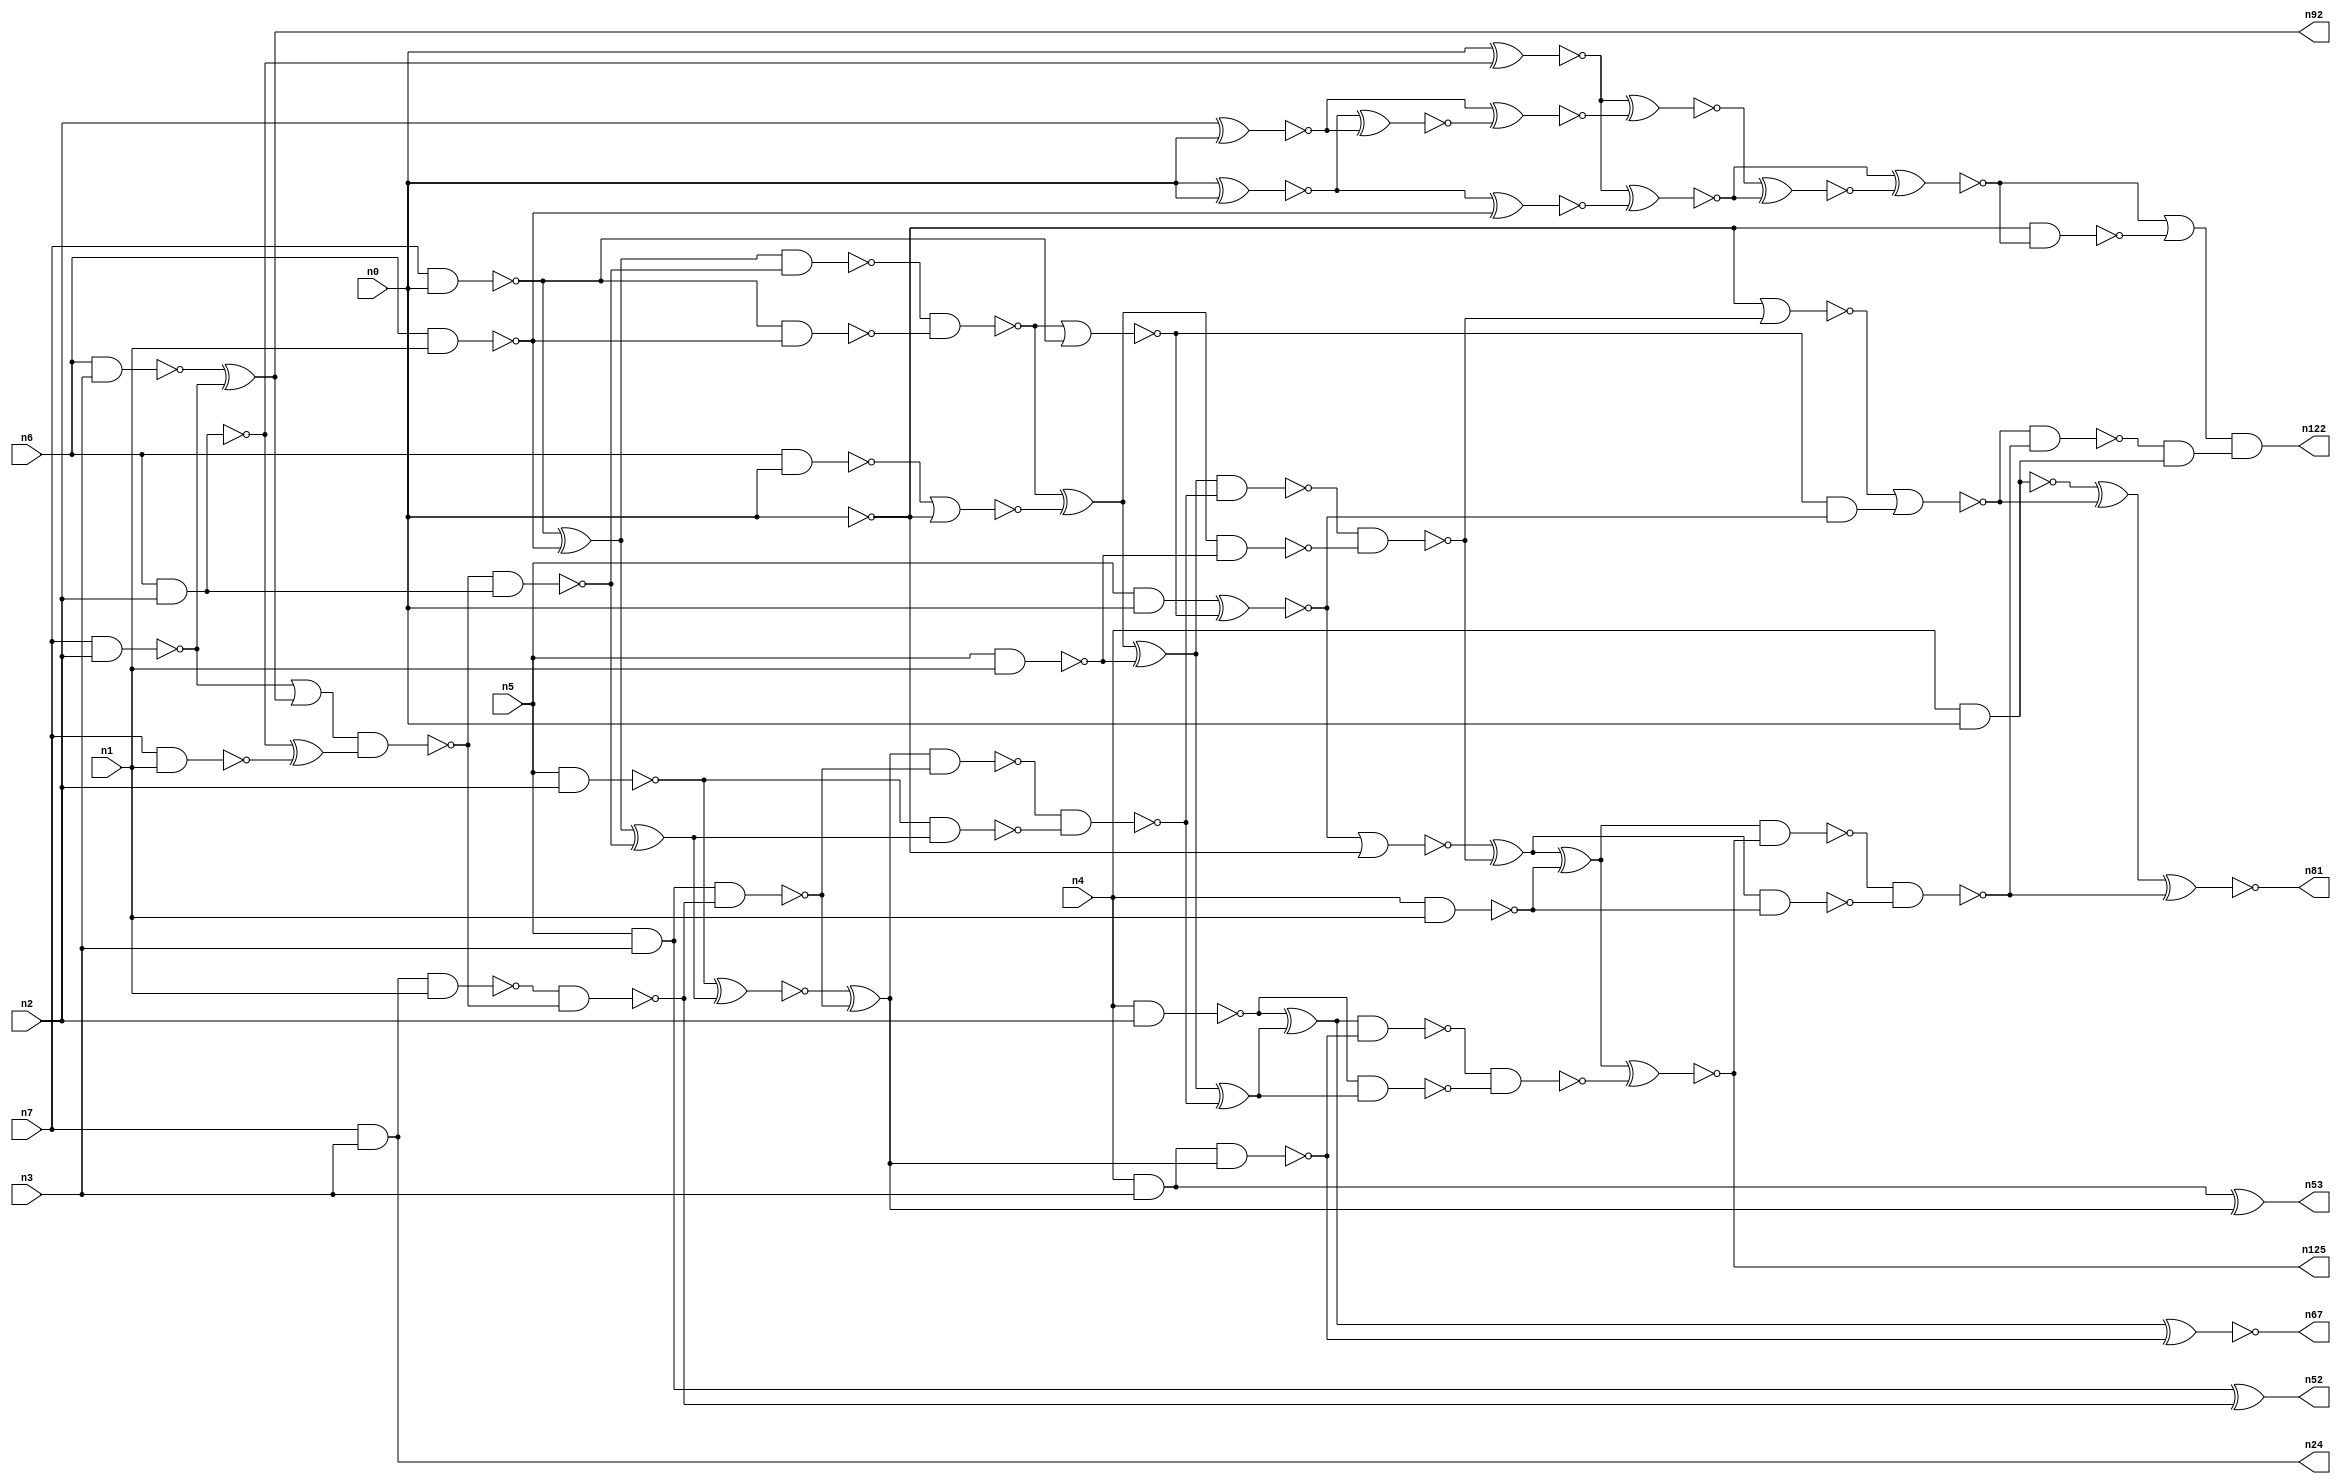
// This program was cloned from: https://github.com/umar-afzaal/ReCkt
// License: MIT License

// This file contains a pareto-optimal circuit with respect to area and the fault-resilince parameter p_fault which is defined as:
// "For all input vectors, the ratio of the no. of faults observable at the POs to the no. of total possible faults in the circuit".
// This code is part of the ReCkt library (https://github.com/umar-afzaal/ReCkt) distributed under The MIT License.
// When used, please cite the following article(s):
// U. Afzaal, A.S. Hassan, M. Usman and J.A. Lee, "On the Evolutionary Synthesis of Increased Fault-resilience Arithmetic Circuits".

// p_fault = 77.1 %    (Lower is better)
// gates = 88.0
// levels = 20
// area = 115.52    (For MCNC library relative to nand2)
// power = 690.5 uW    (Berkely-SIS for MCNC library @ Vdd=5V and 20 MHz clock)
// delay = 29.9 ns    (Berkely-ABC for MCNC library)
// PDP = 2.06459e-11 J

// Pin mapping:
// {n0, n1, n2, n3} = A[3:0]
// {n4, n5, n6, n7} = B[3:0]
// {n122, n81, n125, n67, n53, n52, n92, n24} = O[7:0]

module mult4u_area_22 (
n0, n1, n2, n3, n4, n5, n6, n7, 
n122, n81, n125, n67, n53, n52, n92, n24
);

input n0, n1, n2, n3, n4, n5, n6, n7;
output n122, n81, n125, n67, n53, n52, n92, n24;
wire n95, n16, n73, n77, n26, n41, n40, n38, n78, n76, n46, n50, n51, n83, n15, n66, n36, n35, n18, n13, 
n32, n21, n64, n57, n65, n33, n10, n17, n70, n96, n116, n61, n19, n58, n68, n74, n44, n20, n62, n60, 
n28, n91, n59, n80, n82, n27, n79, n69, n45, n71, n25, n14, n75, n43, n8, n86, n39, n34, n37, n31, 
n112, n42, n56, n54, n12, n63, n30, n22, n85, n11, n49, n29, n9, n72, n47, n55, n23, n87, n48, n84;

nand (n8, n4, n3);
and (n9, n5, n0);
nand (n10, n6, n1);
nand (n11, n5, n1);
nand (n12, n0, n0);
nand (n13, n6, n2);
nand (n14, n4, n1);
nand (n15, n7, n0);
nand (n16, n7, n1);
nand (n17, n7, n2);
nand (n18, n6, n3);
and (n19, n5, n3);
nand (n20, n6, n0);
nand (n21, n5, n2);
nand (n22, n4, n2);
nand (n23, n4, n0);
and (n24, n7, n3);
xor (n25, n15, n10);
xor (n26, n18, n17);
nand (n27, n15, n10);
nor (n28, n20, n12);
and (n29, n13, n13);
xor (n30, n13, n16);
or (n31, n17, n26);
nand (n32, n8, n8);
xnor (n33, n0, n29);
nand (n34, n24, n1);
nand (n35, n13, n29);
xnor (n36, n0, n0);
nand (n37, n31, n30);
nand (n38, n37, n35);
nand (n39, n34, n37);
nand (n40, n19, n39);
xor (n41, n25, n38);
nand (n42, n25, n38);
xnor (n43, n19, n39);
nand (n44, n21, n41);
and (n45, n40, n40);
nand (n46, n42, n27);
xnor (n47, n21, n41);
xor (n48, n47, n45);
nand (n49, n48, n40);
nor (n50, n46, n15);
xor (n51, n46, n28);
nand (n52, n43, n43);
xor (n53, n32, n48);
xnor (n54, n9, n50);
xor (n55, n51, n11);
nand (n56, n32, n48);
and (n57, n50, n54);
nand (n58, n51, n11);
nand (n59, n49, n44);
nor (n60, n54, n12);
xor (n61, n55, n59);
nand (n62, n55, n59);
nand (n63, n22, n61);
nand (n64, n0, n0);
nand (n65, n62, n58);
xor (n66, n22, n61);
xnor (n67, n66, n56);
xor (n68, n60, n65);
nand (n69, n66, n56);
nor (n70, n64, n65);
xor (n71, n68, n14);
nor (n72, n70, n57);
nand (n73, n68, n14);
nand (n74, n69, n63);
xnor (n75, n71, n74);
xor (n76, n23, n72);
nand (n77, n23, n23);
nand (n78, n71, n75);
nand (n79, n78, n73);
nand (n80, n72, n79);
xnor (n81, n76, n79);
and (n82, n80, n77);
xnor (n83, n2, n0);
xnor (n84, n36, n83);
xnor (n85, n83, n84);
xnor (n86, n33, n85);
xnor (n87, n36, n10);
xnor (n91, n33, n87);
and (n92, n26, n26);
xnor (n95, n86, n91);
xnor (n96, n91, n95);
nand (n112, n12, n96);
or (n116, n96, n112);
and (n122, n116, n82);
and (n125, n75, n75);

endmodule